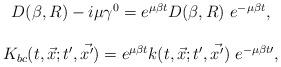
LaTeX: \begin{align*}\begin{array}{c} D(\beta ,R)-i\mu \gamma ^0=e^{\mu \beta t}D(\beta ,R)\ e^{-\mu \beta t}, \\ \\ K_{bc}(t,\vec{x};t^{\prime },\vec{x^{\prime }})=e^{\mu \beta t}k(t,\vec{x};t^{\prime },\vec{x^{\prime }})\ e^{-\mu \beta t\prime }, \end{array}\end{align*}